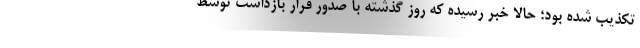
تکذیب شده بود؛ حالا خبر رسیده که روز گذشته با صدور قرار بازداشت توسط